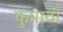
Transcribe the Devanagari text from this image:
कुमाठी